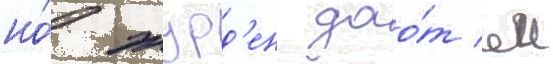
но́ журд'ен дао́т еи